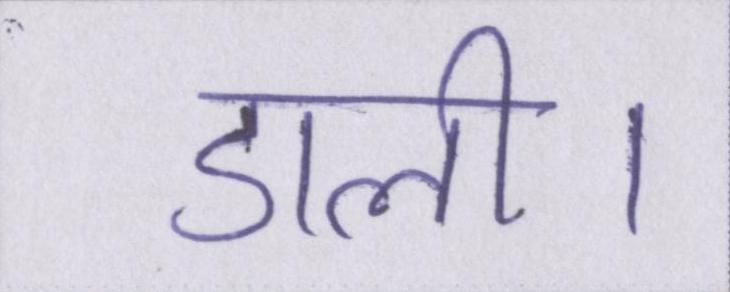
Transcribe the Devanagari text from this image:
डाली।